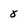
Character: 5